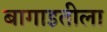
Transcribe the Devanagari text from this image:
बागाइतीला